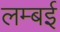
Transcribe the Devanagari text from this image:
लम्बई